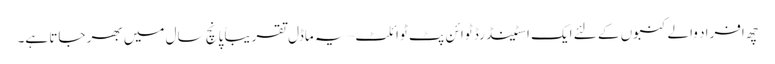
چھ افراد والے کنبوں کے لئے ایک اسٹینڈرڈ ٹوائن پٹ ٹوائلٹ – یہ ماڈل تقریباً پانچ سال میں بھر جاتا ہے۔